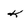
Character: k